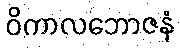
ဝိကာလဘောဇနံ